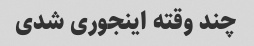
چند وقته اینجوری شدی